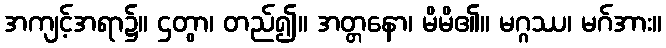
အကျင့်အရာ၌။ ဌတွာ၊ တည်၍။ အတ္တနော၊ မိမိ၏။ မဂ္ဂဿ၊ မဂ်အား။